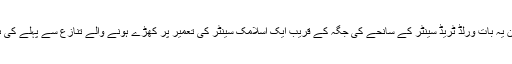
لیکن یہ بات ورلڈ ٹریڈ سینٹر کے سانحے کی جگہ کے قریب ایک اسلامک سینٹر کی تعمیر پر کھڑے ہونے والے تنازع سے پہلے کی ہے۔